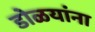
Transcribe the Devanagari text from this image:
डोळयांना